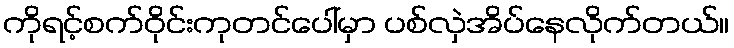
ကိုရင့်စက်ဝိုင်းကုတင်ပေါ်မှာ ပစ်လှဲအိပ်နေလိုက်တယ်။